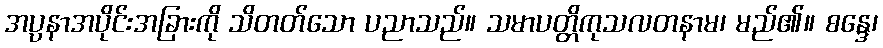
အပ္ပနာအပိုင်းအခြားကို သိတတ်သော ပညာသည်။ သမာပတ္တိကုသလတနာမ၊ မည်၏။ စန္ဒေ၊